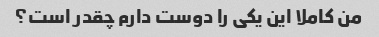
من کاملا این یکی را دوست دارم چقدر است؟